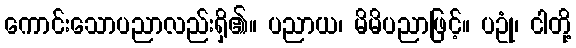
ကောင်းသောပညာလည်းရှိ၏။ ပညာယ၊ မိမိပညာဖြင့်။ ပဥုံ၊ ငါတို့